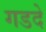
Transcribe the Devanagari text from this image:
गडदे